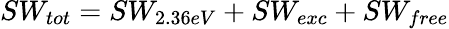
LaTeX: SW_{tot}=SW_{2.36eV}+SW_{exc}+SW_{free}